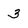
Character: 3